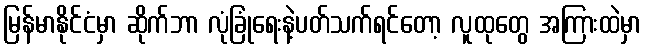
မြန်မာနိုင်ငံမှာ ဆိုက်ဘာ လုံခြုံရေးနဲ့ပတ်သက်ရင်တော့ လူထုတွေ အကြားထဲမှာ